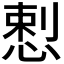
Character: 𭝥